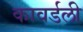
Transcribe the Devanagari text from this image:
कावर्डली